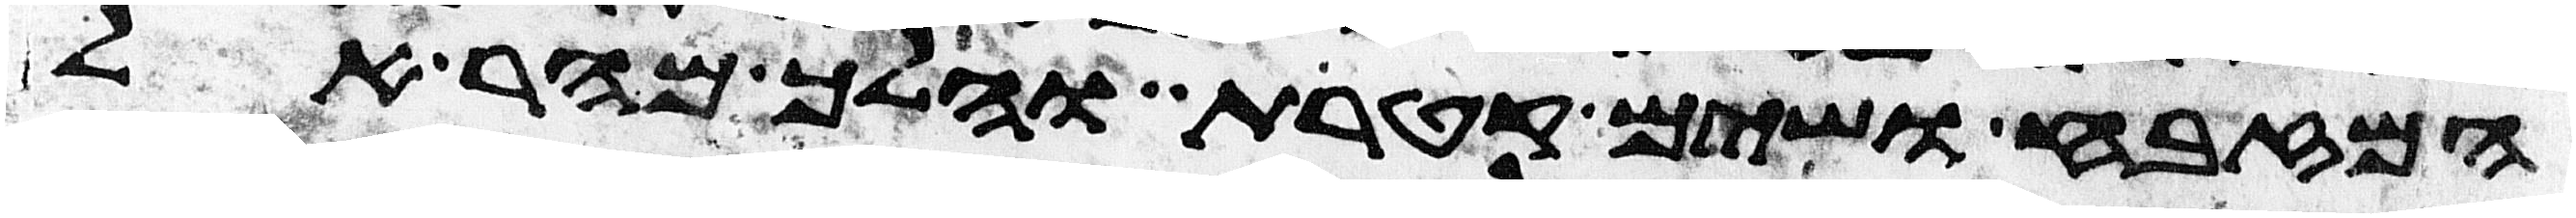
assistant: המזבח ושים קטרת והלך מהר אל